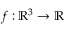
f : \mathbb { R } ^ { 3 } \to \mathbb { R }